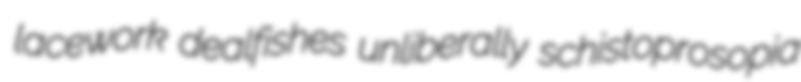
lacework dealfishes unliberally schistoprosopia